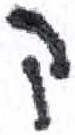
אות: ק